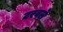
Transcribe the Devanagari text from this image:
टरवले